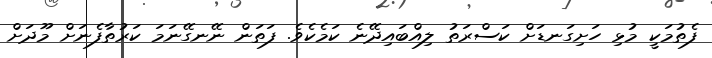
ފެތުމަކީ މުޅި ހަށިގަނޑަށް ކަސްރަތު ލިއްބައިދޭނެ ކަމެކެވެ. ފަތަން ނޭނގޭނަމަ ކަރުތާފެނަށް މޫދަށް